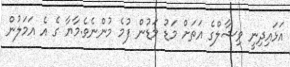
އަޅައިދިނީ ވިޝާލްގެ އަތަށް މަޑު މަޑުން ފުމެ މުންނެވެ.މާޔާ ގެ އެ އަމަލުން